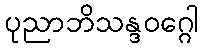
ပုညာဘိသန္ဒဝဂ္ဂေါ